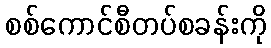
စစ်ကောင်စီတပ်စခန်းကို